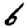
Digit: 6